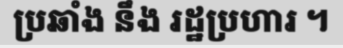
ប្រឆាំង នឹង រដ្ឋប្រហារ ។